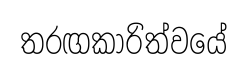
තරඟකාරිත්වයේ